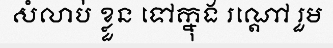
សំលាប់ ខ្លួន ទៅក្នុង រណ្តៅ រួម